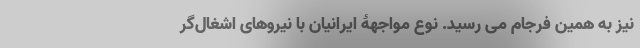
نیز به همین فرجام می رسید. نوع مواجهۀ ایرانیان با نیروهای اشغال‌گر